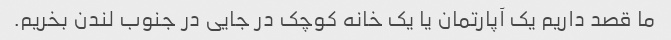
ما قصد داریم یک آپارتمان یا یک خانه کوچک در جایی در جنوب لندن بخریم.